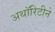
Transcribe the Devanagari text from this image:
अथॉरिटीने